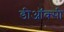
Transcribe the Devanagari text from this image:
डीऑक्सी